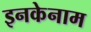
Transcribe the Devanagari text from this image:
इनकेनाम